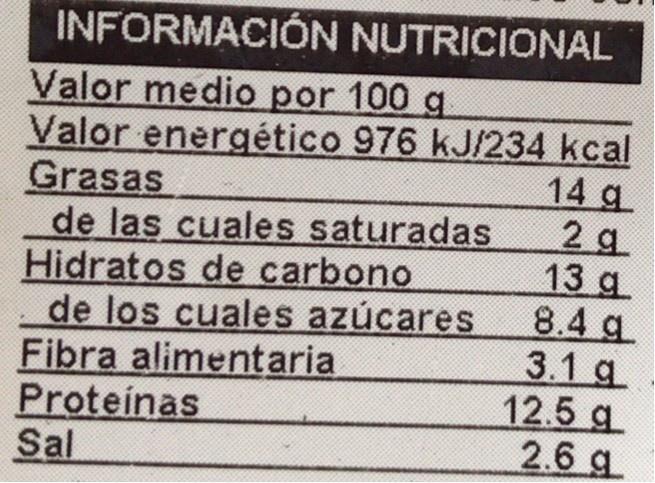
INFORMACIÓN NUTRICIONAL
Valor medio por 100 g Valor energético 976 kJ/234 kcal Grasas de las cuales saturadas Hidratos de carbono de los cuales azúcares Fibra alimentaria Proteinas Sal
14 g 2 g 13 g 8.4 g. 3.1 g 12.5 g 2.6 g